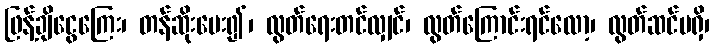
ဖြန့်ချိငွေကြေး၊ တန်ဆိုးပေး၍၊ လွတ်ရေးတင်လျှင်၊ လွတ်ကြောင်းရင်လော့၊ လွတ်ဆင်မရှိ၊